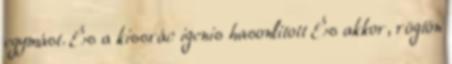
egymást. És a kissrác igenis hasonlított És akkor, rögtön